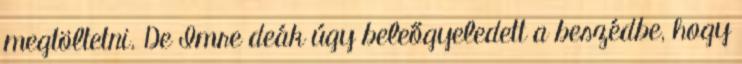
megtöltetni. De Imre deák úgy beleőgyeledett a beszédbe, hogy